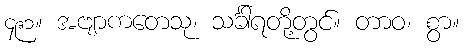
၄၉၁။ အဗျာကတေသု၊ သင်္ခါရတို့တွင်။ တာဝ၊ စွာ။